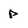
Character: p